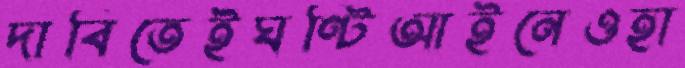
দাবিতেইঘণ্টিআইনেওহা